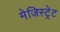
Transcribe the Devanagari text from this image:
मेजिस्ट्रेट